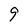
Character: 9